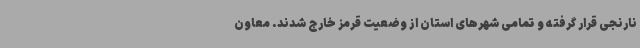
نارنجی قرار گرفته و تمامی شهرهای استان از وضعیت قرمز خارج شدند. معاون